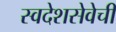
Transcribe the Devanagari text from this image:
स्वदेशसेवेची